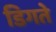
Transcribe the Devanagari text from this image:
डिगते